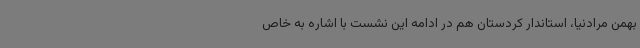
بهمن مرادنیا، استاندار کردستان هم در ادامه این نشست با اشاره به خاص